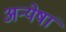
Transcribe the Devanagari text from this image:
अन्येषां